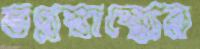
ভগ্নস্বাস্থ্যের